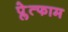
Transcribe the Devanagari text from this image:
प्लेत्फाम